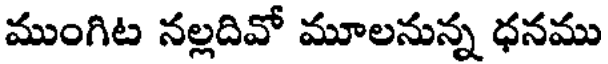
ముంగిట నల్లదివో మూలనున్న ధనము